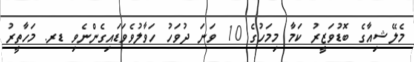
މެލޭޝިއާގެ ބޮޑުވަޒީރު ކަމާ މިމަހުގެ 10 ވަނަ ދުވަހު ހަވާލުވެވަޑައިގެންނެވި ޑރ. މަހާތީރު